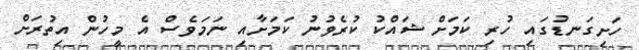
ހަށިގަނޑުގައި ހުރި ކަމަށް ޝައްކު ކުރެވުނު ކަމަށާއި ނަމަވެސް އެ މީހުން އިތުރަށް